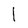
Character: l